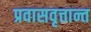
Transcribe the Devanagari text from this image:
प्रवासवृत्तान्त